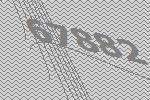
67882